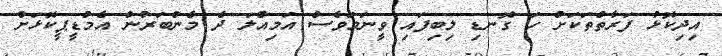
އިދިކޮޅު ފަރާތްތަކަށް ހަ ގޮނޑި ލިބިފައި ވީނަމަވެސް އަމިއްލަ ދެ މެންބަރުން އެމްޑީޕީކޮޅަށް